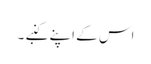
اس کے اپنے کنبے ۔